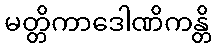
မတ္တိကာဒေါဏိကန္တိ